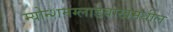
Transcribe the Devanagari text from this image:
म्योन्शनग्लाडबाखमधील